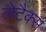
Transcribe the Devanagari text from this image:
लेटैक्स